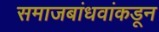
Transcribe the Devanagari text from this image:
समाजबांधवांकडून